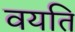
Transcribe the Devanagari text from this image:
वयति